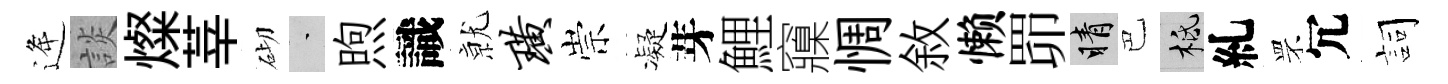
逄談燦莘砌蒙煦識𭕒璜崇凝芽鯉䆿惆敘懒𦊑睛巴柢糺罘冗詞